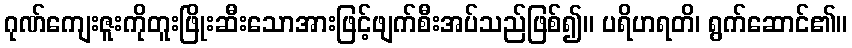
ဂုဏ်ကျေးဇူးကိုတူးဖြိုးဆီးသောအားဖြင့်ဖျက်စီးအပ်သည်ဖြစ်၍။ ပရိဟရတိ၊ ရွက်ဆောင်၏။